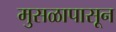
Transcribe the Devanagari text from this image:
मुसळापासून